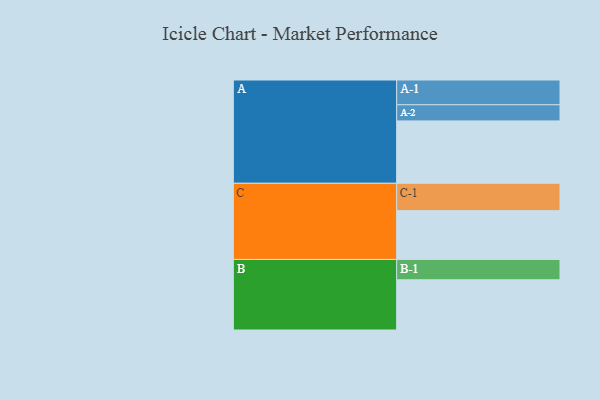
{"axis": {"x": "Segment", "y": "Value"}, "legend": ["", "A", "B", "C"], "data": [{"x": "A", "y": 579, "type": ""}, {"x": "B", "y": 466, "type": ""}, {"x": "C", "y": 453, "type": ""}, {"x": "A-1", "y": 230, "type": "A"}, {"x": "A-2", "y": 150, "type": "A"}, {"x": "B-1", "y": 189, "type": "B"}, {"x": "C-1", "y": 254, "type": "C"}]}